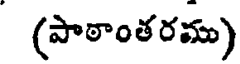
(పాఠాంతరము)